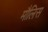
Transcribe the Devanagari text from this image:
मौलिस